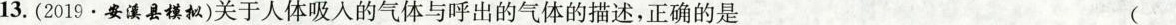
13.(2019.安溪县模拟)关于人体吸入的气体与呼出的气体的描述，正确的是 ()